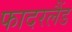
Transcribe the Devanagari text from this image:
फादरलैंड